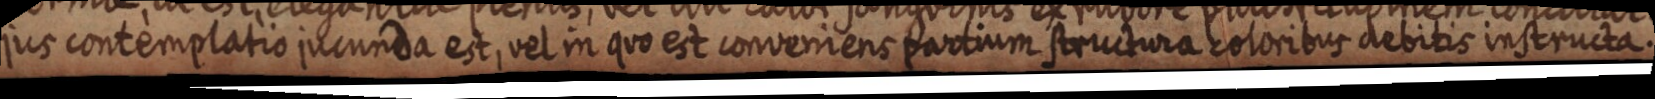
jus contemplatio jucunda est, vel in quo est converiens partium structura coloribus debitis instructa.